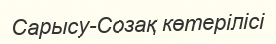
Сарысу-Созақ көтерілісі